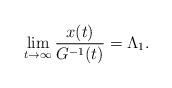
LaTeX: \begin{align*} \lim_{t\to\infty} \frac{x(t)}{G^{-1}(t)}=\Lambda_1.\end{align*}